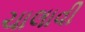
ચાલાવી